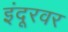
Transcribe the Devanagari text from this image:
इंदूरवर